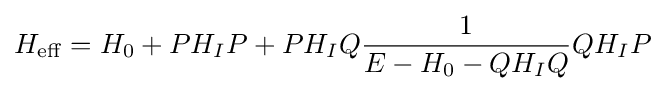
H_{\rm {eff}}=H_{0}+PH_{I}P+PH_{I}Q{\frac {1}{E-H_{0}-QH_{I}Q}}QH_{I}P